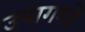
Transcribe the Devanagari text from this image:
उपागमो